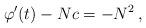
LaTeX: \begin{align*} \varphi'(t) -Nc =-N^2 \,, \end{align*}